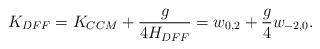
LaTeX: \begin{align*}K_{DFF} = K_{CCM} + \frac{g}{4H_{DFF}} = w_{0,2}+{g\over4}w_{-2,0}.\end{align*}